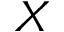
X